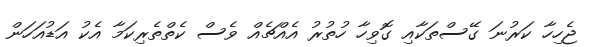
ޖެހިހާ ކަރުނަ ގޭސްތަކާއި ގޮވިހާ ހުތުރު އެއްޗެއް ވެސް ކެތްތެރިކަމާ އެކު އަޑުއަހަން